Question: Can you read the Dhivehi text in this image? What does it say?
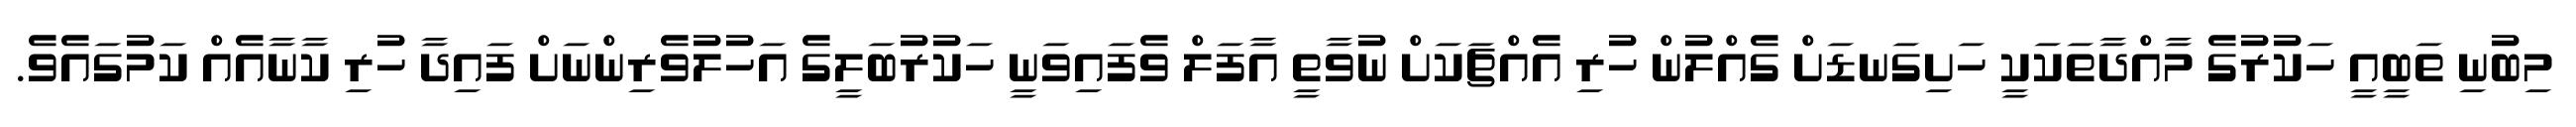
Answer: މިބުނި ތަބީއީ ހަކުރުގެ މާއްދާތަކަކީ ހަށިގަނޑަށް ގެއްލުން ހުރި އެއްޗަކަށް ނުވާތީ އާފަލް ވެފައިވަނީ ހަކުރުބަލީގެ އަހުލުވެރިންނަށް ފައިދާ ހުރި ކާނާއެއް ކަމުގައެވެ.